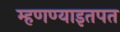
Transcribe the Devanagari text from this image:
म्हणण्याइतपत